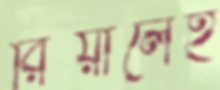
রিয়ালেই